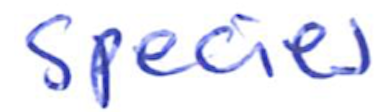
Text: species
Cross-out: clean
Writing tool: ballpoint